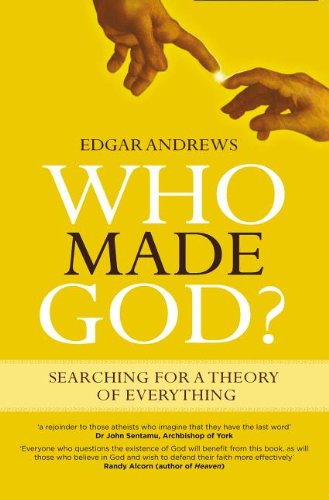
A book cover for Who Made God?; Edgar Andrews; Religion & Spirituality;